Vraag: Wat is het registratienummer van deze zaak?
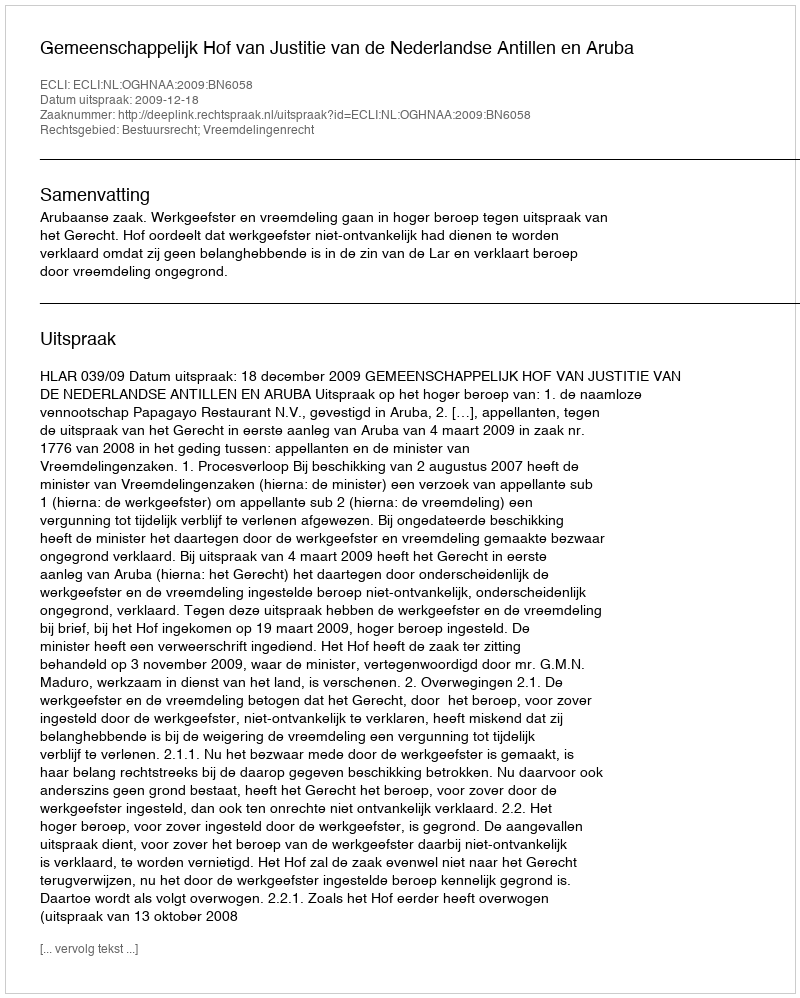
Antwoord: http://deeplink.rechtspraak.nl/uitspraak?id=ECLI:NL:OGHNAA:2009:BN6058